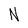
Character: N